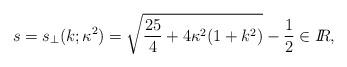
LaTeX: \begin{align*}s=s_{\perp}(k;\kappa^2)=\sqrt{\frac{25}{4}+4\kappa^2(1+k^2)}-\frac12\in I\!\!R,\end{align*}